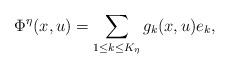
LaTeX: \begin{align*}\Phi^\eta(x,u)=\sum_{1\leq k\leq K_\eta}g_k(x,u) e_k,\end{align*}